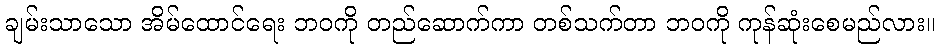
ချမ်းသာသော အိမ်ထောင်ရေး ဘဝကို တည်ဆောက်ကာ တစ်သက်တာ ဘဝကို ကုန်ဆုံးစေမည်လား။